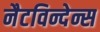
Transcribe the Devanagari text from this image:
नैटविन्देन्स